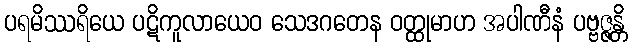
ပရမိဿရိယေ ပဋိကူလာယေဝ သေဒဂတေန ဝတ္ထုမာဟ အပါဏီနံ ပဗ္ဗဇ္ဇန္တိ